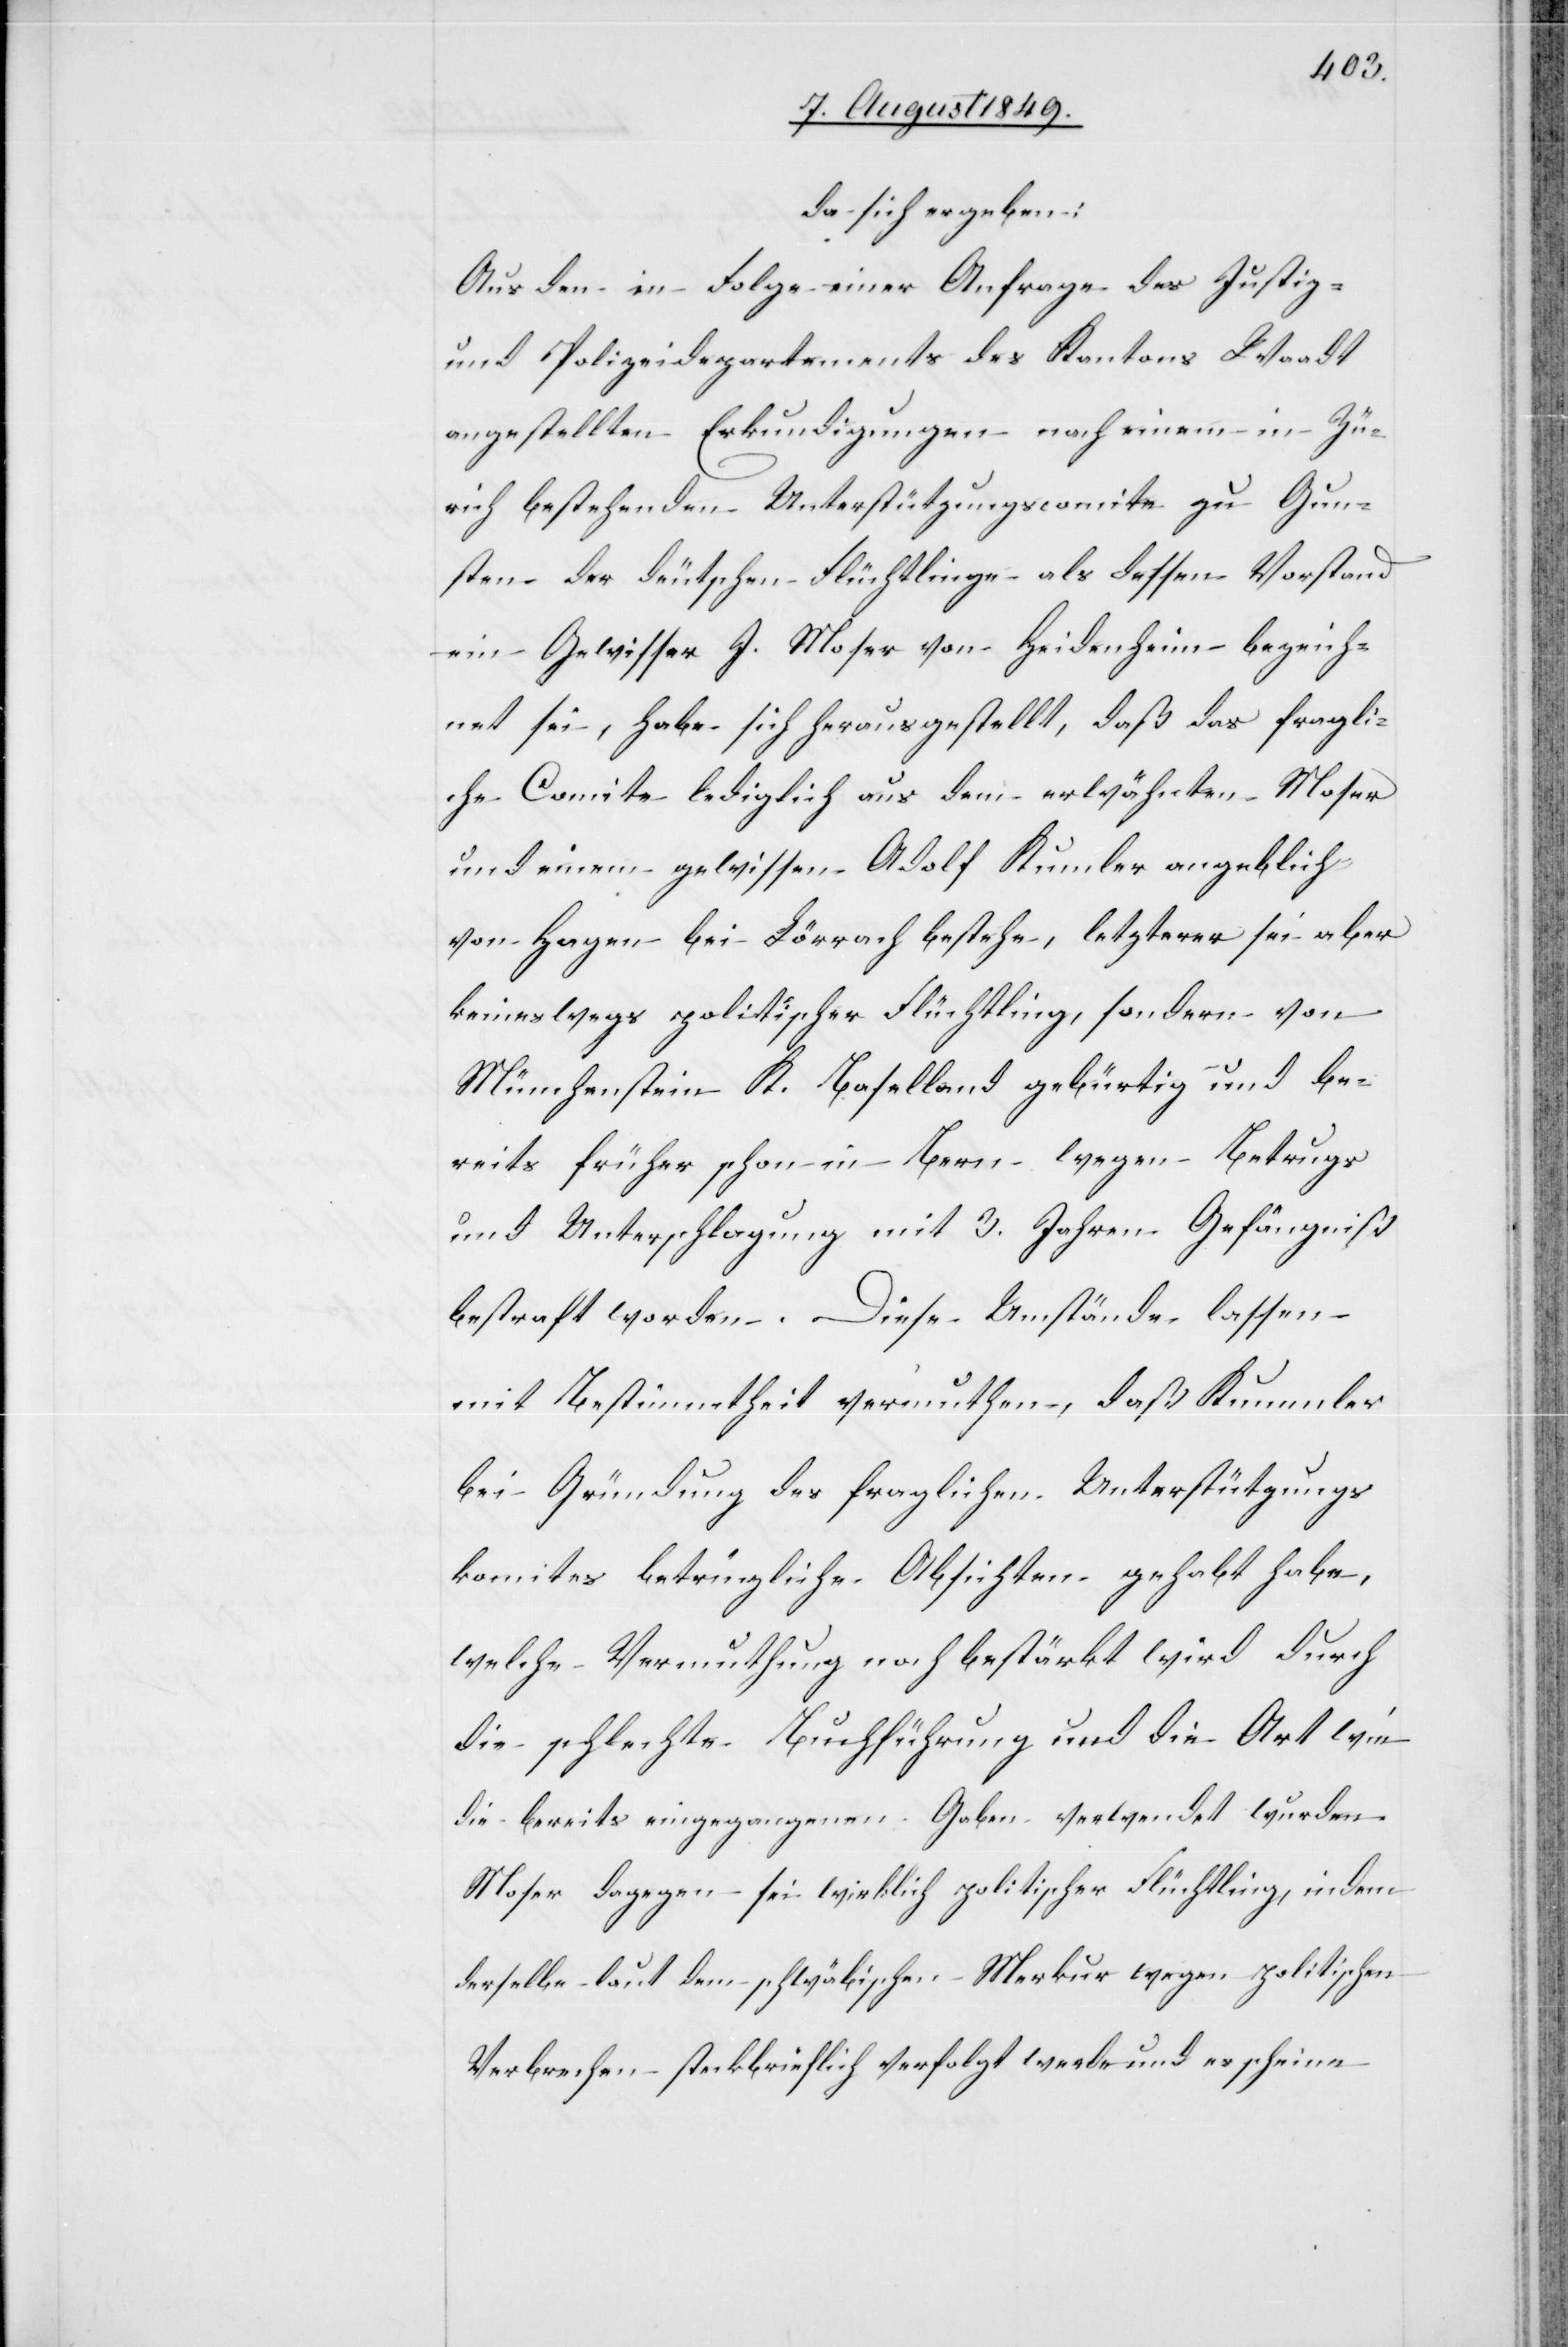
da sich ergeben:
Aus den in Folge einer Anfrage des Justiz-
und Polizeidepartements des Kantons Waadt
angestellten Erkundigungen nach einem in Zü¬
rich bestehenden Unterstützungscomite zu Gun¬
sten der deutschen Flüchtlinge als dessen Vorstand
ein Gewisser J. Moser von Heidenheim bezeich¬
net sei, habe sich herausgestellt, daß das fragli¬
che Comite lediglich aus dem erwähnten Moser
und einem gewissen Adolf Kumler angeblich
von Hagen bei Lörrach bestehe, letzterer sei aber
keineswegs politischer Flüchtling, sondern von
Münchenstein K. Baselland gebürtig und be¬
reits früher schon in Bern wegen Betrugs
und Unterschlagung mit 3. Jahren Gefängniß
bestraft worden. Diese Umstände lassen
mit Bestimmtheit vermuthen, daß Kummler
bei Gründung des fraglichen Unterstützungs¬
komites betrügliche Absichten gehabt habe,
welche Vermuthung noch bestärkt wird durch
die schlechte Buchführung und die Art wie
die bereits eingegangenen Gaben verwendet wurden.
Moser dagegen sei wirklich politischer Flüchtling, indem
derselbe laut dem schwäbischen Merkur wegen politischen
Verbrechen steckbrieflich verfolgt werde und erscheine